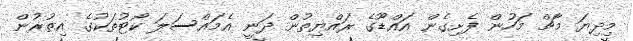
މިދިޔަ މާޗް މަހުން ފެށިގެން އައްޑޫގެ ރައްޔިތުން ދަނީ އެމައްސަލަ ކޯޓުތަކުގެ އިތުރުން